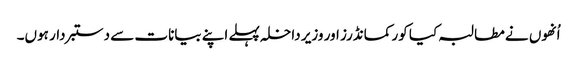
اُنھوں نے مطالبہ کیا کور کمانڈرز اور وزیر داخلہ پہلے اپنے بیانات سے دستبردار ہوں۔